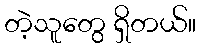
တဲ့သူတွေ ရှိတယ်။